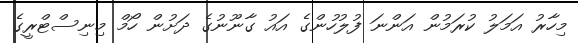
މިހާރު އަމަލު ކުރަމުން އަންނަ ފުލުހުންގެ އައު ގާނޫނުގެ ދަށުން ހޯމް މިނިސްޓްރީގެ